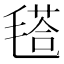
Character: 𣯚